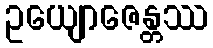
ဥယျောဇေန္တဿ